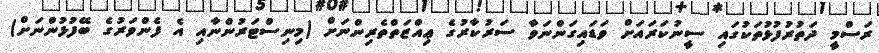
ރަސްމީ ދަތުރުފުޅުތަކުގައި ސީނުކަރައަށް ވަޑައިގަންނަވާ ސަރުކާރުގެ ޢިއްޒަތްތެރިންނަށް (މިނިސްޓަރުންނާއި އެ ފެންވަރުގެ ބޭފުޅުންނަށް)